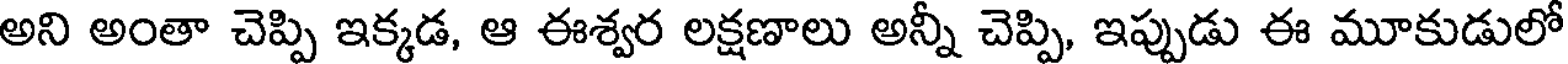
అని అంతా చెప్పి ఇక్కడ, ఆ ఈశ్వర లక్షణాలు అన్నీ చెప్పి, ఇప్పుడు ఈ మూకుడులో